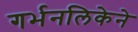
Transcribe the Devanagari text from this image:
गर्भनलिकेने